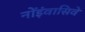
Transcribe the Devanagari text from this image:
नोंइंवासिवे